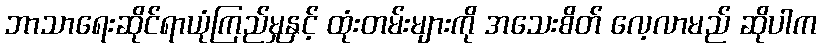
ဘာသာရေးဆိုင်ရာယုံကြည်မှုနှင့် ထုံးတမ်းများကို အသေးစိတ် လေ့လာမည် ဆိုပါက